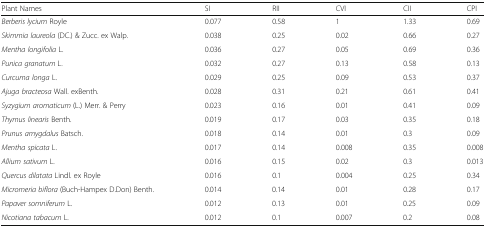
<table><thead><tr><td><b>Plant Names</b></td><td><b>SI</b></td><td><b>RII</b></td><td><b>CVI</b></td><td><b>CII</b></td><td><b>CPI</b></td></tr></thead><tbody><tr><td><i>Berberis lycium</i> Royle</td><td>0.077</td><td>0.58</td><td>1</td><td>1.33</td><td>0.69</td></tr><tr><td><i>Skimmia laureola</i> (DC.) &amp; Zucc. ex Walp.</td><td>0.038</td><td>0.25</td><td>0.02</td><td>0.66</td><td>0.27</td></tr><tr><td><i>Mentha longifolia</i> L.</td><td>0.036</td><td>0.27</td><td>0.05</td><td>0.69</td><td>0.36</td></tr><tr><td><i>Punica granatum</i> L.</td><td>0.032</td><td>0.27</td><td>0.13</td><td>0.58</td><td>0.13</td></tr><tr><td><i>Curcuma longa</i> L.</td><td>0.029</td><td>0.25</td><td>0.09</td><td>0.53</td><td>0.37</td></tr><tr><td><i>Ajuga bracteosa</i> Wall. exBenth.</td><td>0.028</td><td>0.31</td><td>0.21</td><td>0.61</td><td>0.41</td></tr><tr><td><i>Syzygium aromaticum</i> (L.) Merr. &amp; Perry</td><td>0.023</td><td>0.16</td><td>0.01</td><td>0.41</td><td>0.09</td></tr><tr><td><i>Thymus linearis</i> Benth.</td><td>0.019</td><td>0.17</td><td>0.03</td><td>0.35</td><td>0.18</td></tr><tr><td><i>Prunus amygdalus</i> Batsch.</td><td>0.018</td><td>0.14</td><td>0.01</td><td>0.3</td><td>0.09</td></tr><tr><td><i>Mentha spicata</i> L.</td><td>0.017</td><td>0.14</td><td>0.008</td><td>0.35</td><td>0.008</td></tr><tr><td><i>Allium sativum</i> L.</td><td>0.016</td><td>0.15</td><td>0.02</td><td>0.3</td><td>0.013</td></tr><tr><td><i>Quercus dilatata</i> Lindl. ex Royle</td><td>0.016</td><td>0.1</td><td>0.004</td><td>0.25</td><td>0.34</td></tr><tr><td><i>Micromeria biflora</i> (Buch-Hampex D.Don) Benth.</td><td>0.014</td><td>0.14</td><td>0.01</td><td>0.28</td><td>0.17</td></tr><tr><td><i>Papaver somniferum</i> L.</td><td>0.012</td><td>0.13</td><td>0.01</td><td>0.25</td><td>0.09</td></tr><tr><td><i>Nicotiana tabacum</i> L.</td><td>0.012</td><td>0.1</td><td>0.007</td><td>0.2</td><td>0.08</td></tr></tbody></table>